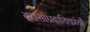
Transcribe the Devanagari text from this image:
दत्तसांप्रदायिकांची